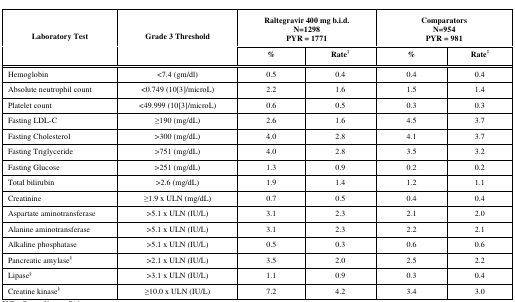
<table><thead><tr><td rowspan="2"><b>Laboratory Test</b></td><td rowspan="2"><b>Grade 3 Threshold</b></td><td colspan="2"><b>Raltegravir 400 mg b.i.d. N=1298 PYR = 1771</b></td><td colspan="2"><b>Comparators N=954 PYR = 981</b></td></tr><tr><td><b>%</b></td><td><b>Rate‡</b></td><td><b>%</b></td><td><b>Rate‡</b></td></tr></thead><tbody><tr><td>Hemoglobin</td><td>&lt;7.4 (gm/dl)</td><td>0.5</td><td>0.4</td><td>0.4</td><td>0.4</td></tr><tr><td>Absolute neutrophil count</td><td>&lt;0.749 (10[3]/microL)</td><td>2.2</td><td>1.6</td><td>1.5</td><td>1.4</td></tr><tr><td>Platelet count</td><td>&lt;49.999 (10[3]/microL)</td><td>0.6</td><td>0.5</td><td>0.3</td><td>0.3</td></tr><tr><td>Fasting LDL-C</td><td>≥190 (mg/dL)</td><td>2.6</td><td>1.6</td><td>4.5</td><td>3.7</td></tr><tr><td>Fasting Cholesterol</td><td>&gt;300 (mg/dL)</td><td>4.0</td><td>2.8</td><td>4.1</td><td>3.7</td></tr><tr><td>Fasting Triglyceride</td><td>&gt;751 (mg/dL)</td><td>4.0</td><td>2.8</td><td>3.5</td><td>3.2</td></tr><tr><td>Fasting Glucose</td><td>&gt;251 (mg/dL)</td><td>1.3</td><td>0.9</td><td>0.2</td><td>0.2</td></tr><tr><td>Total bilirubin</td><td>&gt;2.6 (mg/dL)</td><td>1.9</td><td>1.4</td><td>1.2</td><td>1.1</td></tr><tr><td>Creatinine</td><td>≥1.9 x ULN (mg/dL)</td><td>0.7</td><td>0.5</td><td>0.4</td><td>0.4</td></tr><tr><td>Aspartate aminotransferase</td><td>&gt;5.1 x ULN (IU/L)</td><td>3.1</td><td>2.3</td><td>2.1</td><td>2.0</td></tr><tr><td>Alanine aminotransferase</td><td>&gt;5.1 x ULN (IU/L)</td><td>3.1</td><td>2.3</td><td>2.2</td><td>2.1</td></tr><tr><td>Alkaline phosphatase</td><td>&gt;5.1 x ULN (IU/L)</td><td>0.5</td><td>0.3</td><td>0.6</td><td>0.6</td></tr><tr><td>Pancreatic amylase§</td><td>&gt;2.1 x ULN (IU/L)</td><td>3.5</td><td>2.0</td><td>2.5</td><td>2.2</td></tr><tr><td>Lipase§</td><td>&gt;3.1 x ULN (IU/L)</td><td>1.1</td><td>0.9</td><td>0.3</td><td>0.4</td></tr><tr><td>Creatine kinase§</td><td>≥10.0 x ULN (IU/L)</td><td>7.2</td><td>4.2</td><td>3.4</td><td>3.0</td></tr></tbody></table>